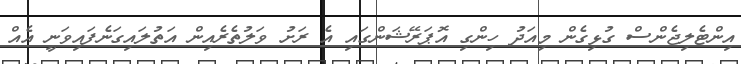
އިންޓެލިޖެންސް ގުޅިގެން މިއަދު ހިންގި އޮޕަރޭޝަންގައި އެ ރަށު ވަލުތެރެއިން އަތުލައިގަނެފައިވަނީ އެއް